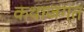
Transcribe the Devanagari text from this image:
कथाजगत